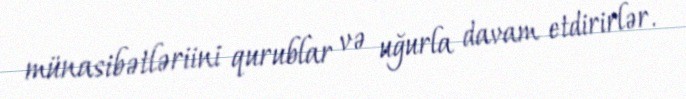
münasibətləriini qurublar və uğurla davam etdirirlər.